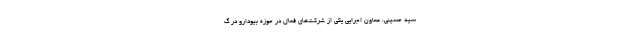
سید حسینی، معاون اجرایی یکی از شرکت‌های فعال در حوزه بیودارو در گ